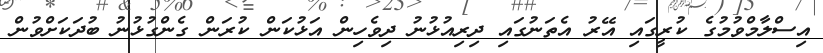
އިސްލާމްވުމުގެ ކުރީގައި އޭރު އެތަނުގައި ދިރިއުޅުނު ދިވެހިން އަޅުކަން ކުރަން ގެންގުޅުނު ބުދަކަށްވުން